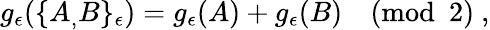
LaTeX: g_{\epsilon}(\{ A_{,}B\} _{\epsilon})=g_{\epsilon}(A)+g_{\epsilon}(B)\pmod 2\ ,